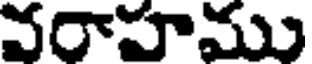
వరాహము